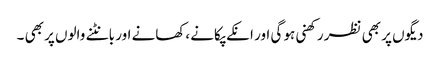
دیگوں پر بھی نظر رکھنی ہو گی اور انکے پکانے ،کھانے اور بانٹنے والوں پر بھی ۔